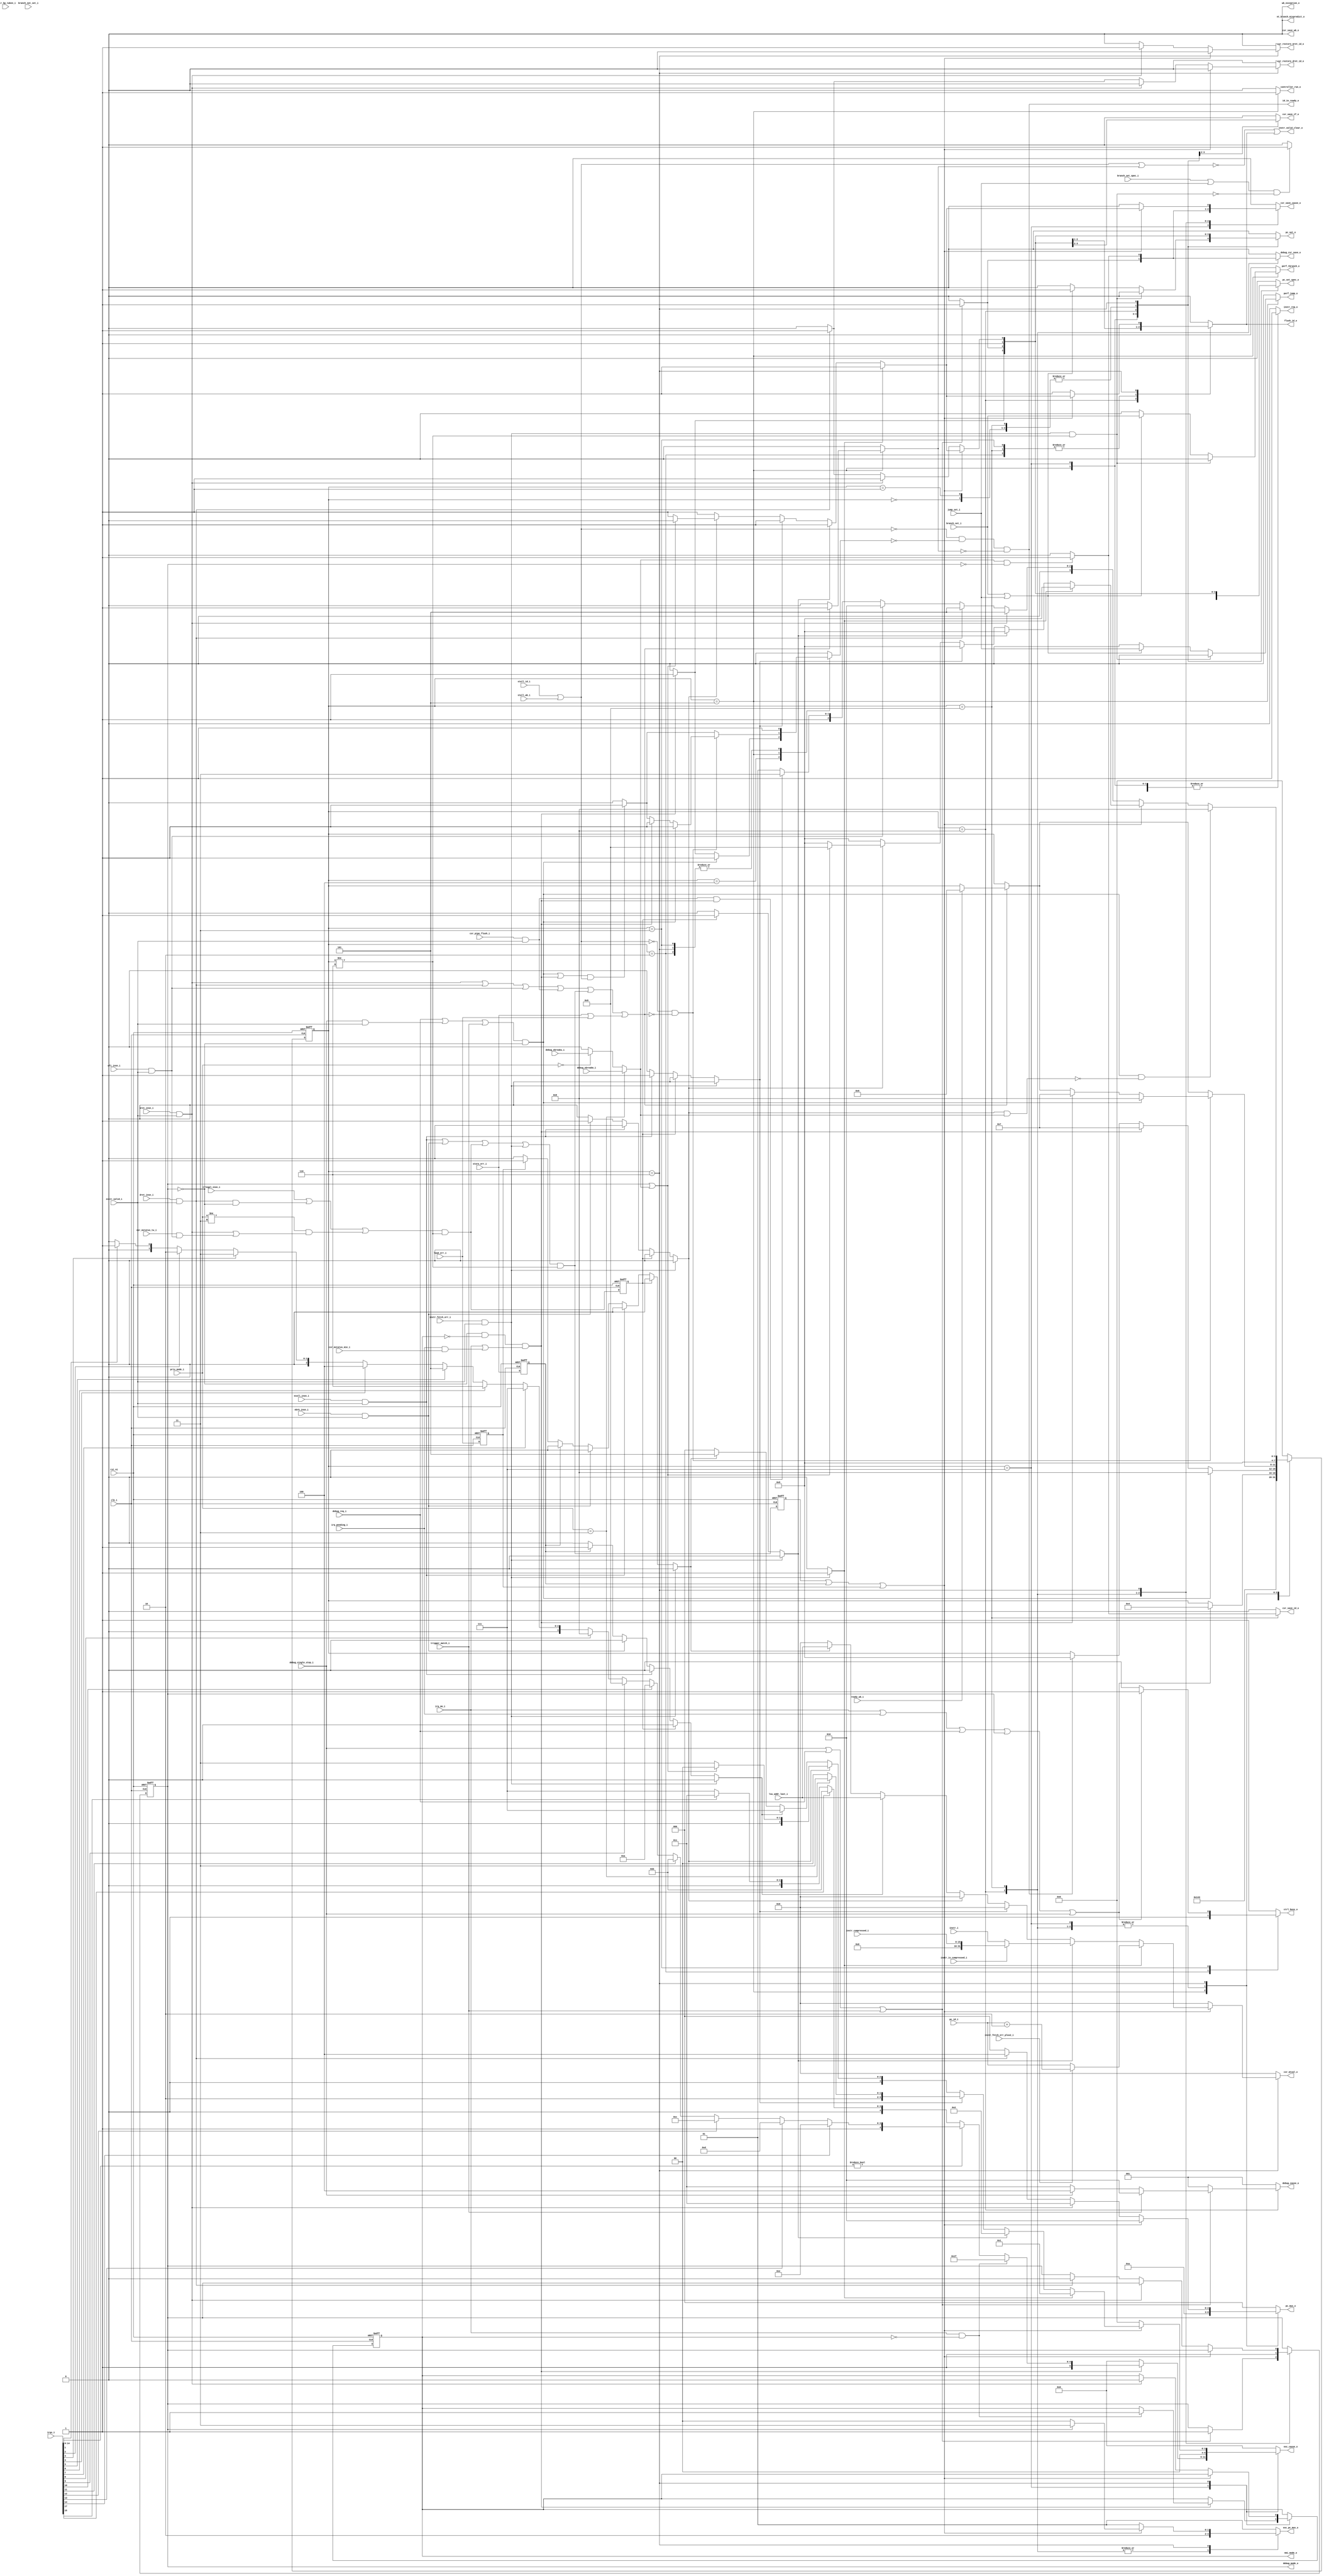
module ibex_controller (
	clk_i,
	rst_ni,
	ctrl_busy_o,
	illegal_insn_i,
	ecall_insn_i,
	mret_insn_i,
	dret_insn_i,
	wfi_insn_i,
	ebrk_insn_i,
	csr_pipe_flush_i,
	instr_valid_i,
	instr_i,
	instr_compressed_i,
	instr_is_compressed_i,
	instr_bp_taken_i,
	instr_fetch_err_i,
	instr_fetch_err_plus2_i,
	pc_id_i,
	instr_valid_clear_o,
	id_in_ready_o,
	controller_run_o,
	instr_req_o,
	pc_set_o,
	pc_set_spec_o,
	pc_mux_o,
	nt_branch_mispredict_o,
	exc_pc_mux_o,
	exc_cause_o,
	lsu_addr_last_i,
	load_err_i,
	store_err_i,
	wb_exception_o,
	branch_set_i,
	branch_set_spec_i,
	branch_not_set_i,
	jump_set_i,
	csr_mstatus_mie_i,
	irq_pending_i,
	irqs_i,
	irq_nm_i,
	nmi_mode_o,
	debug_req_i,
	debug_cause_o,
	debug_csr_save_o,
	debug_mode_o,
	debug_single_step_i,
	debug_ebreakm_i,
	debug_ebreaku_i,
	trigger_match_i,
	csr_save_if_o,
	csr_save_id_o,
	csr_save_wb_o,
	csr_restore_mret_id_o,
	csr_restore_dret_id_o,
	csr_save_cause_o,
	csr_mtval_o,
	priv_mode_i,
	csr_mstatus_tw_i,
	stall_id_i,
	stall_wb_i,
	flush_id_o,
	ready_wb_i,
	perf_jump_o,
	perf_tbranch_o
);
	parameter [0:0] WritebackStage = 0;
	parameter [0:0] BranchPredictor = 0;
	input wire clk_i;
	input wire rst_ni;
	output reg ctrl_busy_o;
	input wire illegal_insn_i;
	input wire ecall_insn_i;
	input wire mret_insn_i;
	input wire dret_insn_i;
	input wire wfi_insn_i;
	input wire ebrk_insn_i;
	input wire csr_pipe_flush_i;
	input wire instr_valid_i;
	input wire [31:0] instr_i;
	input wire [15:0] instr_compressed_i;
	input wire instr_is_compressed_i;
	input wire instr_bp_taken_i;
	input wire instr_fetch_err_i;
	input wire instr_fetch_err_plus2_i;
	input wire [31:0] pc_id_i;
	output wire instr_valid_clear_o;
	output wire id_in_ready_o;
	output reg controller_run_o;
	output reg instr_req_o;
	output reg pc_set_o;
	output reg pc_set_spec_o;
	output reg [2:0] pc_mux_o;
	output reg nt_branch_mispredict_o;
	output reg [1:0] exc_pc_mux_o;
	output reg [5:0] exc_cause_o;
	input wire [31:0] lsu_addr_last_i;
	input wire load_err_i;
	input wire store_err_i;
	output wire wb_exception_o;
	input wire branch_set_i;
	input wire branch_set_spec_i;
	input wire branch_not_set_i;
	input wire jump_set_i;
	input wire csr_mstatus_mie_i;
	input wire irq_pending_i;
	input wire [17:0] irqs_i;
	input wire irq_nm_i;
	output wire nmi_mode_o;
	input wire debug_req_i;
	output reg [2:0] debug_cause_o;
	output reg debug_csr_save_o;
	output wire debug_mode_o;
	input wire debug_single_step_i;
	input wire debug_ebreakm_i;
	input wire debug_ebreaku_i;
	input wire trigger_match_i;
	output reg csr_save_if_o;
	output reg csr_save_id_o;
	output reg csr_save_wb_o;
	output reg csr_restore_mret_id_o;
	output reg csr_restore_dret_id_o;
	output reg csr_save_cause_o;
	output reg [31:0] csr_mtval_o;
	input wire [1:0] priv_mode_i;
	input wire csr_mstatus_tw_i;
	input wire stall_id_i;
	input wire stall_wb_i;
	output wire flush_id_o;
	input wire ready_wb_i;
	output reg perf_jump_o;
	output reg perf_tbranch_o;
	localparam integer RegFileFF = 0;
	localparam integer RegFileFPGA = 1;
	localparam integer RegFileLatch = 2;
	localparam integer RV32MNone = 0;
	localparam integer RV32MSlow = 1;
	localparam integer RV32MFast = 2;
	localparam integer RV32MSingleCycle = 3;
	localparam integer RV32BNone = 0;
	localparam integer RV32BBalanced = 1;
	localparam integer RV32BFull = 2;
	localparam [6:0] OPCODE_LOAD = 7'h03;
	localparam [6:0] OPCODE_MISC_MEM = 7'h0f;
	localparam [6:0] OPCODE_OP_IMM = 7'h13;
	localparam [6:0] OPCODE_AUIPC = 7'h17;
	localparam [6:0] OPCODE_STORE = 7'h23;
	localparam [6:0] OPCODE_OP = 7'h33;
	localparam [6:0] OPCODE_LUI = 7'h37;
	localparam [6:0] OPCODE_BRANCH = 7'h63;
	localparam [6:0] OPCODE_JALR = 7'h67;
	localparam [6:0] OPCODE_JAL = 7'h6f;
	localparam [6:0] OPCODE_SYSTEM = 7'h73;
	localparam [5:0] ALU_ADD = 0;
	localparam [5:0] ALU_SUB = 1;
	localparam [5:0] ALU_XOR = 2;
	localparam [5:0] ALU_OR = 3;
	localparam [5:0] ALU_AND = 4;
	localparam [5:0] ALU_XNOR = 5;
	localparam [5:0] ALU_ORN = 6;
	localparam [5:0] ALU_ANDN = 7;
	localparam [5:0] ALU_SRA = 8;
	localparam [5:0] ALU_SRL = 9;
	localparam [5:0] ALU_SLL = 10;
	localparam [5:0] ALU_SRO = 11;
	localparam [5:0] ALU_SLO = 12;
	localparam [5:0] ALU_ROR = 13;
	localparam [5:0] ALU_ROL = 14;
	localparam [5:0] ALU_GREV = 15;
	localparam [5:0] ALU_GORC = 16;
	localparam [5:0] ALU_SHFL = 17;
	localparam [5:0] ALU_UNSHFL = 18;
	localparam [5:0] ALU_LT = 19;
	localparam [5:0] ALU_LTU = 20;
	localparam [5:0] ALU_GE = 21;
	localparam [5:0] ALU_GEU = 22;
	localparam [5:0] ALU_EQ = 23;
	localparam [5:0] ALU_NE = 24;
	localparam [5:0] ALU_MIN = 25;
	localparam [5:0] ALU_MINU = 26;
	localparam [5:0] ALU_MAX = 27;
	localparam [5:0] ALU_MAXU = 28;
	localparam [5:0] ALU_PACK = 29;
	localparam [5:0] ALU_PACKU = 30;
	localparam [5:0] ALU_PACKH = 31;
	localparam [5:0] ALU_SEXTB = 32;
	localparam [5:0] ALU_SEXTH = 33;
	localparam [5:0] ALU_CLZ = 34;
	localparam [5:0] ALU_CTZ = 35;
	localparam [5:0] ALU_PCNT = 36;
	localparam [5:0] ALU_SLT = 37;
	localparam [5:0] ALU_SLTU = 38;
	localparam [5:0] ALU_CMOV = 39;
	localparam [5:0] ALU_CMIX = 40;
	localparam [5:0] ALU_FSL = 41;
	localparam [5:0] ALU_FSR = 42;
	localparam [5:0] ALU_SBSET = 43;
	localparam [5:0] ALU_SBCLR = 44;
	localparam [5:0] ALU_SBINV = 45;
	localparam [5:0] ALU_SBEXT = 46;
	localparam [5:0] ALU_BEXT = 47;
	localparam [5:0] ALU_BDEP = 48;
	localparam [5:0] ALU_BFP = 49;
	localparam [5:0] ALU_CLMUL = 50;
	localparam [5:0] ALU_CLMULR = 51;
	localparam [5:0] ALU_CLMULH = 52;
	localparam [5:0] ALU_CRC32_B = 53;
	localparam [5:0] ALU_CRC32C_B = 54;
	localparam [5:0] ALU_CRC32_H = 55;
	localparam [5:0] ALU_CRC32C_H = 56;
	localparam [5:0] ALU_CRC32_W = 57;
	localparam [5:0] ALU_CRC32C_W = 58;
	localparam [1:0] MD_OP_MULL = 0;
	localparam [1:0] MD_OP_MULH = 1;
	localparam [1:0] MD_OP_DIV = 2;
	localparam [1:0] MD_OP_REM = 3;
	localparam [1:0] CSR_OP_READ = 0;
	localparam [1:0] CSR_OP_WRITE = 1;
	localparam [1:0] CSR_OP_SET = 2;
	localparam [1:0] CSR_OP_CLEAR = 3;
	localparam [1:0] PRIV_LVL_M = 2'b11;
	localparam [1:0] PRIV_LVL_H = 2'b10;
	localparam [1:0] PRIV_LVL_S = 2'b01;
	localparam [1:0] PRIV_LVL_U = 2'b00;
	localparam [3:0] XDEBUGVER_NO = 4'd0;
	localparam [3:0] XDEBUGVER_STD = 4'd4;
	localparam [3:0] XDEBUGVER_NONSTD = 4'd15;
	localparam [1:0] WB_INSTR_LOAD = 0;
	localparam [1:0] WB_INSTR_STORE = 1;
	localparam [1:0] WB_INSTR_OTHER = 2;
	localparam [1:0] OP_A_REG_A = 0;
	localparam [1:0] OP_A_FWD = 1;
	localparam [1:0] OP_A_CURRPC = 2;
	localparam [1:0] OP_A_IMM = 3;
	localparam [0:0] IMM_A_Z = 0;
	localparam [0:0] IMM_A_ZERO = 1;
	localparam [0:0] OP_B_REG_B = 0;
	localparam [0:0] OP_B_IMM = 1;
	localparam [2:0] IMM_B_I = 0;
	localparam [2:0] IMM_B_S = 1;
	localparam [2:0] IMM_B_B = 2;
	localparam [2:0] IMM_B_U = 3;
	localparam [2:0] IMM_B_J = 4;
	localparam [2:0] IMM_B_INCR_PC = 5;
	localparam [2:0] IMM_B_INCR_ADDR = 6;
	localparam [0:0] RF_WD_EX = 0;
	localparam [0:0] RF_WD_CSR = 1;
	localparam [2:0] PC_BOOT = 0;
	localparam [2:0] PC_JUMP = 1;
	localparam [2:0] PC_EXC = 2;
	localparam [2:0] PC_ERET = 3;
	localparam [2:0] PC_DRET = 4;
	localparam [2:0] PC_BP = 5;
	localparam [1:0] EXC_PC_EXC = 0;
	localparam [1:0] EXC_PC_IRQ = 1;
	localparam [1:0] EXC_PC_DBD = 2;
	localparam [1:0] EXC_PC_DBG_EXC = 3;
	localparam [5:0] EXC_CAUSE_IRQ_SOFTWARE_M = {1'b1, 5'd3};
	localparam [5:0] EXC_CAUSE_IRQ_TIMER_M = {1'b1, 5'd7};
	localparam [5:0] EXC_CAUSE_IRQ_EXTERNAL_M = {1'b1, 5'd11};
	localparam [5:0] EXC_CAUSE_IRQ_NM = {1'b1, 5'd31};
	localparam [5:0] EXC_CAUSE_INSN_ADDR_MISA = {1'b0, 5'd0};
	localparam [5:0] EXC_CAUSE_INSTR_ACCESS_FAULT = {1'b0, 5'd1};
	localparam [5:0] EXC_CAUSE_ILLEGAL_INSN = {1'b0, 5'd2};
	localparam [5:0] EXC_CAUSE_BREAKPOINT = {1'b0, 5'd3};
	localparam [5:0] EXC_CAUSE_LOAD_ACCESS_FAULT = {1'b0, 5'd5};
	localparam [5:0] EXC_CAUSE_STORE_ACCESS_FAULT = {1'b0, 5'd7};
	localparam [5:0] EXC_CAUSE_ECALL_UMODE = {1'b0, 5'd8};
	localparam [5:0] EXC_CAUSE_ECALL_MMODE = {1'b0, 5'd11};
	localparam [2:0] DBG_CAUSE_NONE = 3'h0;
	localparam [2:0] DBG_CAUSE_EBREAK = 3'h1;
	localparam [2:0] DBG_CAUSE_TRIGGER = 3'h2;
	localparam [2:0] DBG_CAUSE_HALTREQ = 3'h3;
	localparam [2:0] DBG_CAUSE_STEP = 3'h4;
	localparam [31:0] PMP_MAX_REGIONS = 16;
	localparam [31:0] PMP_CFG_W = 8;
	localparam [31:0] PMP_I = 0;
	localparam [31:0] PMP_D = 1;
	localparam [1:0] PMP_ACC_EXEC = 2'b00;
	localparam [1:0] PMP_ACC_WRITE = 2'b01;
	localparam [1:0] PMP_ACC_READ = 2'b10;
	localparam [1:0] PMP_MODE_OFF = 2'b00;
	localparam [1:0] PMP_MODE_TOR = 2'b01;
	localparam [1:0] PMP_MODE_NA4 = 2'b10;
	localparam [1:0] PMP_MODE_NAPOT = 2'b11;
	localparam [11:0] CSR_MHARTID = 12'hf14;
	localparam [11:0] CSR_MSTATUS = 12'h300;
	localparam [11:0] CSR_MISA = 12'h301;
	localparam [11:0] CSR_MIE = 12'h304;
	localparam [11:0] CSR_MTVEC = 12'h305;
	localparam [11:0] CSR_MSCRATCH = 12'h340;
	localparam [11:0] CSR_MEPC = 12'h341;
	localparam [11:0] CSR_MCAUSE = 12'h342;
	localparam [11:0] CSR_MTVAL = 12'h343;
	localparam [11:0] CSR_MIP = 12'h344;
	localparam [11:0] CSR_PMPCFG0 = 12'h3a0;
	localparam [11:0] CSR_PMPCFG1 = 12'h3a1;
	localparam [11:0] CSR_PMPCFG2 = 12'h3a2;
	localparam [11:0] CSR_PMPCFG3 = 12'h3a3;
	localparam [11:0] CSR_PMPADDR0 = 12'h3b0;
	localparam [11:0] CSR_PMPADDR1 = 12'h3b1;
	localparam [11:0] CSR_PMPADDR2 = 12'h3b2;
	localparam [11:0] CSR_PMPADDR3 = 12'h3b3;
	localparam [11:0] CSR_PMPADDR4 = 12'h3b4;
	localparam [11:0] CSR_PMPADDR5 = 12'h3b5;
	localparam [11:0] CSR_PMPADDR6 = 12'h3b6;
	localparam [11:0] CSR_PMPADDR7 = 12'h3b7;
	localparam [11:0] CSR_PMPADDR8 = 12'h3b8;
	localparam [11:0] CSR_PMPADDR9 = 12'h3b9;
	localparam [11:0] CSR_PMPADDR10 = 12'h3ba;
	localparam [11:0] CSR_PMPADDR11 = 12'h3bb;
	localparam [11:0] CSR_PMPADDR12 = 12'h3bc;
	localparam [11:0] CSR_PMPADDR13 = 12'h3bd;
	localparam [11:0] CSR_PMPADDR14 = 12'h3be;
	localparam [11:0] CSR_PMPADDR15 = 12'h3bf;
	localparam [11:0] CSR_TSELECT = 12'h7a0;
	localparam [11:0] CSR_TDATA1 = 12'h7a1;
	localparam [11:0] CSR_TDATA2 = 12'h7a2;
	localparam [11:0] CSR_TDATA3 = 12'h7a3;
	localparam [11:0] CSR_MCONTEXT = 12'h7a8;
	localparam [11:0] CSR_SCONTEXT = 12'h7aa;
	localparam [11:0] CSR_DCSR = 12'h7b0;
	localparam [11:0] CSR_DPC = 12'h7b1;
	localparam [11:0] CSR_DSCRATCH0 = 12'h7b2;
	localparam [11:0] CSR_DSCRATCH1 = 12'h7b3;
	localparam [11:0] CSR_MCOUNTINHIBIT = 12'h320;
	localparam [11:0] CSR_MHPMEVENT3 = 12'h323;
	localparam [11:0] CSR_MHPMEVENT4 = 12'h324;
	localparam [11:0] CSR_MHPMEVENT5 = 12'h325;
	localparam [11:0] CSR_MHPMEVENT6 = 12'h326;
	localparam [11:0] CSR_MHPMEVENT7 = 12'h327;
	localparam [11:0] CSR_MHPMEVENT8 = 12'h328;
	localparam [11:0] CSR_MHPMEVENT9 = 12'h329;
	localparam [11:0] CSR_MHPMEVENT10 = 12'h32a;
	localparam [11:0] CSR_MHPMEVENT11 = 12'h32b;
	localparam [11:0] CSR_MHPMEVENT12 = 12'h32c;
	localparam [11:0] CSR_MHPMEVENT13 = 12'h32d;
	localparam [11:0] CSR_MHPMEVENT14 = 12'h32e;
	localparam [11:0] CSR_MHPMEVENT15 = 12'h32f;
	localparam [11:0] CSR_MHPMEVENT16 = 12'h330;
	localparam [11:0] CSR_MHPMEVENT17 = 12'h331;
	localparam [11:0] CSR_MHPMEVENT18 = 12'h332;
	localparam [11:0] CSR_MHPMEVENT19 = 12'h333;
	localparam [11:0] CSR_MHPMEVENT20 = 12'h334;
	localparam [11:0] CSR_MHPMEVENT21 = 12'h335;
	localparam [11:0] CSR_MHPMEVENT22 = 12'h336;
	localparam [11:0] CSR_MHPMEVENT23 = 12'h337;
	localparam [11:0] CSR_MHPMEVENT24 = 12'h338;
	localparam [11:0] CSR_MHPMEVENT25 = 12'h339;
	localparam [11:0] CSR_MHPMEVENT26 = 12'h33a;
	localparam [11:0] CSR_MHPMEVENT27 = 12'h33b;
	localparam [11:0] CSR_MHPMEVENT28 = 12'h33c;
	localparam [11:0] CSR_MHPMEVENT29 = 12'h33d;
	localparam [11:0] CSR_MHPMEVENT30 = 12'h33e;
	localparam [11:0] CSR_MHPMEVENT31 = 12'h33f;
	localparam [11:0] CSR_MCYCLE = 12'hb00;
	localparam [11:0] CSR_MINSTRET = 12'hb02;
	localparam [11:0] CSR_MHPMCOUNTER3 = 12'hb03;
	localparam [11:0] CSR_MHPMCOUNTER4 = 12'hb04;
	localparam [11:0] CSR_MHPMCOUNTER5 = 12'hb05;
	localparam [11:0] CSR_MHPMCOUNTER6 = 12'hb06;
	localparam [11:0] CSR_MHPMCOUNTER7 = 12'hb07;
	localparam [11:0] CSR_MHPMCOUNTER8 = 12'hb08;
	localparam [11:0] CSR_MHPMCOUNTER9 = 12'hb09;
	localparam [11:0] CSR_MHPMCOUNTER10 = 12'hb0a;
	localparam [11:0] CSR_MHPMCOUNTER11 = 12'hb0b;
	localparam [11:0] CSR_MHPMCOUNTER12 = 12'hb0c;
	localparam [11:0] CSR_MHPMCOUNTER13 = 12'hb0d;
	localparam [11:0] CSR_MHPMCOUNTER14 = 12'hb0e;
	localparam [11:0] CSR_MHPMCOUNTER15 = 12'hb0f;
	localparam [11:0] CSR_MHPMCOUNTER16 = 12'hb10;
	localparam [11:0] CSR_MHPMCOUNTER17 = 12'hb11;
	localparam [11:0] CSR_MHPMCOUNTER18 = 12'hb12;
	localparam [11:0] CSR_MHPMCOUNTER19 = 12'hb13;
	localparam [11:0] CSR_MHPMCOUNTER20 = 12'hb14;
	localparam [11:0] CSR_MHPMCOUNTER21 = 12'hb15;
	localparam [11:0] CSR_MHPMCOUNTER22 = 12'hb16;
	localparam [11:0] CSR_MHPMCOUNTER23 = 12'hb17;
	localparam [11:0] CSR_MHPMCOUNTER24 = 12'hb18;
	localparam [11:0] CSR_MHPMCOUNTER25 = 12'hb19;
	localparam [11:0] CSR_MHPMCOUNTER26 = 12'hb1a;
	localparam [11:0] CSR_MHPMCOUNTER27 = 12'hb1b;
	localparam [11:0] CSR_MHPMCOUNTER28 = 12'hb1c;
	localparam [11:0] CSR_MHPMCOUNTER29 = 12'hb1d;
	localparam [11:0] CSR_MHPMCOUNTER30 = 12'hb1e;
	localparam [11:0] CSR_MHPMCOUNTER31 = 12'hb1f;
	localparam [11:0] CSR_MCYCLEH = 12'hb80;
	localparam [11:0] CSR_MINSTRETH = 12'hb82;
	localparam [11:0] CSR_MHPMCOUNTER3H = 12'hb83;
	localparam [11:0] CSR_MHPMCOUNTER4H = 12'hb84;
	localparam [11:0] CSR_MHPMCOUNTER5H = 12'hb85;
	localparam [11:0] CSR_MHPMCOUNTER6H = 12'hb86;
	localparam [11:0] CSR_MHPMCOUNTER7H = 12'hb87;
	localparam [11:0] CSR_MHPMCOUNTER8H = 12'hb88;
	localparam [11:0] CSR_MHPMCOUNTER9H = 12'hb89;
	localparam [11:0] CSR_MHPMCOUNTER10H = 12'hb8a;
	localparam [11:0] CSR_MHPMCOUNTER11H = 12'hb8b;
	localparam [11:0] CSR_MHPMCOUNTER12H = 12'hb8c;
	localparam [11:0] CSR_MHPMCOUNTER13H = 12'hb8d;
	localparam [11:0] CSR_MHPMCOUNTER14H = 12'hb8e;
	localparam [11:0] CSR_MHPMCOUNTER15H = 12'hb8f;
	localparam [11:0] CSR_MHPMCOUNTER16H = 12'hb90;
	localparam [11:0] CSR_MHPMCOUNTER17H = 12'hb91;
	localparam [11:0] CSR_MHPMCOUNTER18H = 12'hb92;
	localparam [11:0] CSR_MHPMCOUNTER19H = 12'hb93;
	localparam [11:0] CSR_MHPMCOUNTER20H = 12'hb94;
	localparam [11:0] CSR_MHPMCOUNTER21H = 12'hb95;
	localparam [11:0] CSR_MHPMCOUNTER22H = 12'hb96;
	localparam [11:0] CSR_MHPMCOUNTER23H = 12'hb97;
	localparam [11:0] CSR_MHPMCOUNTER24H = 12'hb98;
	localparam [11:0] CSR_MHPMCOUNTER25H = 12'hb99;
	localparam [11:0] CSR_MHPMCOUNTER26H = 12'hb9a;
	localparam [11:0] CSR_MHPMCOUNTER27H = 12'hb9b;
	localparam [11:0] CSR_MHPMCOUNTER28H = 12'hb9c;
	localparam [11:0] CSR_MHPMCOUNTER29H = 12'hb9d;
	localparam [11:0] CSR_MHPMCOUNTER30H = 12'hb9e;
	localparam [11:0] CSR_MHPMCOUNTER31H = 12'hb9f;
	localparam [11:0] CSR_CPUCTRL = 12'h7c0;
	localparam [11:0] CSR_SECURESEED = 12'h7c1;
	localparam [11:0] CSR_OFF_PMP_CFG = 12'h3a0;
	localparam [11:0] CSR_OFF_PMP_ADDR = 12'h3b0;
	localparam [31:0] CSR_MSTATUS_MIE_BIT = 3;
	localparam [31:0] CSR_MSTATUS_MPIE_BIT = 7;
	localparam [31:0] CSR_MSTATUS_MPP_BIT_LOW = 11;
	localparam [31:0] CSR_MSTATUS_MPP_BIT_HIGH = 12;
	localparam [31:0] CSR_MSTATUS_MPRV_BIT = 17;
	localparam [31:0] CSR_MSTATUS_TW_BIT = 21;
	localparam [1:0] CSR_MISA_MXL = 2'd1;
	localparam [31:0] CSR_MSIX_BIT = 3;
	localparam [31:0] CSR_MTIX_BIT = 7;
	localparam [31:0] CSR_MEIX_BIT = 11;
	localparam [31:0] CSR_MFIX_BIT_LOW = 16;
	localparam [31:0] CSR_MFIX_BIT_HIGH = 30;
	reg [3:0] ctrl_fsm_cs;
	reg [3:0] ctrl_fsm_ns;
	reg nmi_mode_q;
	reg nmi_mode_d;
	reg debug_mode_q;
	reg debug_mode_d;
	reg load_err_q;
	wire load_err_d;
	reg store_err_q;
	wire store_err_d;
	reg exc_req_q;
	wire exc_req_d;
	reg illegal_insn_q;
	wire illegal_insn_d;
	reg instr_fetch_err_prio;
	reg illegal_insn_prio;
	reg ecall_insn_prio;
	reg ebrk_insn_prio;
	reg store_err_prio;
	reg load_err_prio;
	wire stall;
	reg halt_if;
	reg retain_id;
	reg flush_id;
	wire illegal_dret;
	wire illegal_umode;
	wire exc_req_lsu;
	wire special_req_all;
	wire special_req_branch;
	wire enter_debug_mode;
	wire ebreak_into_debug;
	wire handle_irq;
	reg [3:0] mfip_id;
	wire unused_irq_timer;
	wire ecall_insn;
	wire mret_insn;
	wire dret_insn;
	wire wfi_insn;
	wire ebrk_insn;
	wire csr_pipe_flush;
	wire instr_fetch_err;
	assign load_err_d = load_err_i;
	assign store_err_d = store_err_i;
	assign ecall_insn = ecall_insn_i & instr_valid_i;
	assign mret_insn = mret_insn_i & instr_valid_i;
	assign dret_insn = dret_insn_i & instr_valid_i;
	assign wfi_insn = wfi_insn_i & instr_valid_i;
	assign ebrk_insn = ebrk_insn_i & instr_valid_i;
	assign csr_pipe_flush = csr_pipe_flush_i & instr_valid_i;
	assign instr_fetch_err = instr_fetch_err_i & instr_valid_i;
	assign illegal_dret = dret_insn & ~debug_mode_q;
	assign illegal_umode = (priv_mode_i != PRIV_LVL_M) & (mret_insn | (csr_mstatus_tw_i & wfi_insn));
	localparam [3:0] FLUSH = 6;
	assign illegal_insn_d = ((illegal_insn_i | illegal_dret) | illegal_umode) & (ctrl_fsm_cs != FLUSH);
	assign exc_req_d = (((ecall_insn | ebrk_insn) | illegal_insn_d) | instr_fetch_err) & (ctrl_fsm_cs != FLUSH);
	assign exc_req_lsu = store_err_i | load_err_i;
	assign special_req_all = ((((mret_insn | dret_insn) | wfi_insn) | csr_pipe_flush) | exc_req_d) | exc_req_lsu;
	assign special_req_branch = instr_fetch_err & (ctrl_fsm_cs != FLUSH);
	generate
		if (WritebackStage) begin : g_wb_exceptions
			always @(*) begin
				instr_fetch_err_prio = 0;
				illegal_insn_prio = 0;
				ecall_insn_prio = 0;
				ebrk_insn_prio = 0;
				store_err_prio = 0;
				load_err_prio = 0;
				if (store_err_q)
					store_err_prio = 1'b1;
				else if (load_err_q)
					load_err_prio = 1'b1;
				else if (instr_fetch_err)
					instr_fetch_err_prio = 1'b1;
				else if (illegal_insn_q)
					illegal_insn_prio = 1'b1;
				else if (ecall_insn)
					ecall_insn_prio = 1'b1;
				else if (ebrk_insn)
					ebrk_insn_prio = 1'b1;
			end
			assign wb_exception_o = ((load_err_q | store_err_q) | load_err_i) | store_err_i;
		end
		else begin : g_no_wb_exceptions
			always @(*) begin
				instr_fetch_err_prio = 0;
				illegal_insn_prio = 0;
				ecall_insn_prio = 0;
				ebrk_insn_prio = 0;
				store_err_prio = 0;
				load_err_prio = 0;
				if (instr_fetch_err)
					instr_fetch_err_prio = 1'b1;
				else if (illegal_insn_q)
					illegal_insn_prio = 1'b1;
				else if (ecall_insn)
					ecall_insn_prio = 1'b1;
				else if (ebrk_insn)
					ebrk_insn_prio = 1'b1;
				else if (store_err_q)
					store_err_prio = 1'b1;
				else if (load_err_q)
					load_err_prio = 1'b1;
			end
			assign wb_exception_o = 1'b0;
		end
	endgenerate
	assign enter_debug_mode = ((debug_req_i | (debug_single_step_i & instr_valid_i)) | trigger_match_i) & ~debug_mode_q;
	assign ebreak_into_debug = (priv_mode_i == PRIV_LVL_M ? debug_ebreakm_i : (priv_mode_i == PRIV_LVL_U ? debug_ebreaku_i : 1'b0));
	assign handle_irq = (~debug_mode_q & ~nmi_mode_q) & (irq_nm_i | (irq_pending_i & csr_mstatus_mie_i));
	always @(*) begin : gen_mfip_id
		if (irqs_i[14])
			mfip_id = 4'd14;
		else if (irqs_i[13])
			mfip_id = 4'd13;
		else if (irqs_i[12])
			mfip_id = 4'd12;
		else if (irqs_i[11])
			mfip_id = 4'd11;
		else if (irqs_i[10])
			mfip_id = 4'd10;
		else if (irqs_i[9])
			mfip_id = 4'd9;
		else if (irqs_i[8])
			mfip_id = 4'd8;
		else if (irqs_i[7])
			mfip_id = 4'd7;
		else if (irqs_i[6])
			mfip_id = 4'd6;
		else if (irqs_i[5])
			mfip_id = 4'd5;
		else if (irqs_i[4])
			mfip_id = 4'd4;
		else if (irqs_i[3])
			mfip_id = 4'd3;
		else if (irqs_i[2])
			mfip_id = 4'd2;
		else if (irqs_i[1])
			mfip_id = 4'd1;
		else
			mfip_id = 4'd0;
	end
	assign unused_irq_timer = irqs_i[16];
	function automatic [5:0] sv2v_cast_6;
		input reg [5:0] inp;
		sv2v_cast_6 = inp;
	endfunction
	localparam [3:0] BOOT_SET = 1;
	localparam [3:0] DBG_TAKEN_ID = 9;
	localparam [3:0] DBG_TAKEN_IF = 8;
	localparam [3:0] DECODE = 5;
	localparam [3:0] FIRST_FETCH = 4;
	localparam [3:0] IRQ_TAKEN = 7;
	localparam [3:0] RESET = 0;
	localparam [3:0] SLEEP = 3;
	localparam [3:0] WAIT_SLEEP = 2;
	always @(*) begin
		instr_req_o = 1'b1;
		csr_save_if_o = 1'b0;
		csr_save_id_o = 1'b0;
		csr_save_wb_o = 1'b0;
		csr_restore_mret_id_o = 1'b0;
		csr_restore_dret_id_o = 1'b0;
		csr_save_cause_o = 1'b0;
		csr_mtval_o = {32 {1'sb0}};
		pc_mux_o = PC_BOOT;
		pc_set_o = 1'b0;
		pc_set_spec_o = 1'b0;
		nt_branch_mispredict_o = 1'b0;
		exc_pc_mux_o = EXC_PC_IRQ;
		exc_cause_o = EXC_CAUSE_INSN_ADDR_MISA;
		ctrl_fsm_ns = ctrl_fsm_cs;
		ctrl_busy_o = 1'b1;
		halt_if = 1'b0;
		retain_id = 1'b0;
		flush_id = 1'b0;
		debug_csr_save_o = 1'b0;
		debug_cause_o = DBG_CAUSE_EBREAK;
		debug_mode_d = debug_mode_q;
		nmi_mode_d = nmi_mode_q;
		perf_tbranch_o = 1'b0;
		perf_jump_o = 1'b0;
		controller_run_o = 1'b0;
		case (ctrl_fsm_cs)
			RESET: begin
				instr_req_o = 1'b0;
				pc_mux_o = PC_BOOT;
				pc_set_o = 1'b1;
				pc_set_spec_o = 1'b1;
				ctrl_fsm_ns = BOOT_SET;
			end
			BOOT_SET: begin
				instr_req_o = 1'b1;
				pc_mux_o = PC_BOOT;
				pc_set_o = 1'b1;
				pc_set_spec_o = 1'b1;
				ctrl_fsm_ns = FIRST_FETCH;
			end
			WAIT_SLEEP: begin
				ctrl_busy_o = 1'b0;
				instr_req_o = 1'b0;
				halt_if = 1'b1;
				flush_id = 1'b1;
				ctrl_fsm_ns = SLEEP;
			end
			SLEEP: begin
				instr_req_o = 1'b0;
				halt_if = 1'b1;
				flush_id = 1'b1;
				if ((((irq_nm_i || irq_pending_i) || debug_req_i) || debug_mode_q) || debug_single_step_i)
					ctrl_fsm_ns = FIRST_FETCH;
				else
					ctrl_busy_o = 1'b0;
			end
			FIRST_FETCH: begin
				if (id_in_ready_o)
					ctrl_fsm_ns = DECODE;
				if (handle_irq) begin
					ctrl_fsm_ns = IRQ_TAKEN;
					halt_if = 1'b1;
				end
				if (enter_debug_mode) begin
					ctrl_fsm_ns = DBG_TAKEN_IF;
					halt_if = 1'b1;
				end
			end
			DECODE: begin
				controller_run_o = 1'b1;
				pc_mux_o = PC_JUMP;
				if (special_req_all) begin
					retain_id = 1'b1;
					if (ready_wb_i | wb_exception_o)
						ctrl_fsm_ns = FLUSH;
				end
				if (!special_req_branch) begin
					if (branch_set_i || jump_set_i) begin
						pc_set_o = (BranchPredictor ? ~instr_bp_taken_i : 1'b1);
						perf_tbranch_o = branch_set_i;
						perf_jump_o = jump_set_i;
					end
					if (BranchPredictor)
						if (instr_bp_taken_i & branch_not_set_i)
							nt_branch_mispredict_o = 1'b1;
				end
				if ((branch_set_spec_i || jump_set_i) && !special_req_branch)
					pc_set_spec_o = (BranchPredictor ? ~instr_bp_taken_i : 1'b1);
				if ((enter_debug_mode || handle_irq) && stall)
					halt_if = 1'b1;
				if (!stall && !special_req_all)
					if (enter_debug_mode) begin
						ctrl_fsm_ns = DBG_TAKEN_IF;
						halt_if = 1'b1;
					end
					else if (handle_irq) begin
						ctrl_fsm_ns = IRQ_TAKEN;
						halt_if = 1'b1;
					end
			end
			IRQ_TAKEN: begin
				pc_mux_o = PC_EXC;
				exc_pc_mux_o = EXC_PC_IRQ;
				if (handle_irq) begin
					pc_set_o = 1'b1;
					pc_set_spec_o = 1'b1;
					csr_save_if_o = 1'b1;
					csr_save_cause_o = 1'b1;
					if (irq_nm_i && !nmi_mode_q) begin
						exc_cause_o = EXC_CAUSE_IRQ_NM;
						nmi_mode_d = 1'b1;
					end
					else if (irqs_i[14-:15] != 15'b000000000000000)
						exc_cause_o = sv2v_cast_6({2'b11, mfip_id});
					else if (irqs_i[15])
						exc_cause_o = EXC_CAUSE_IRQ_EXTERNAL_M;
					else if (irqs_i[17])
						exc_cause_o = EXC_CAUSE_IRQ_SOFTWARE_M;
					else
						exc_cause_o = EXC_CAUSE_IRQ_TIMER_M;
				end
				ctrl_fsm_ns = DECODE;
			end
			DBG_TAKEN_IF: begin
				pc_mux_o = PC_EXC;
				exc_pc_mux_o = EXC_PC_DBD;
				if ((debug_single_step_i || debug_req_i) || trigger_match_i) begin
					flush_id = 1'b1;
					pc_set_o = 1'b1;
					pc_set_spec_o = 1'b1;
					csr_save_if_o = 1'b1;
					debug_csr_save_o = 1'b1;
					csr_save_cause_o = 1'b1;
					if (trigger_match_i)
						debug_cause_o = DBG_CAUSE_TRIGGER;
					else if (debug_single_step_i)
						debug_cause_o = DBG_CAUSE_STEP;
					else
						debug_cause_o = DBG_CAUSE_HALTREQ;
					debug_mode_d = 1'b1;
				end
				ctrl_fsm_ns = DECODE;
			end
			DBG_TAKEN_ID: begin
				flush_id = 1'b1;
				pc_mux_o = PC_EXC;
				pc_set_o = 1'b1;
				pc_set_spec_o = 1'b1;
				exc_pc_mux_o = EXC_PC_DBD;
				if (ebreak_into_debug && !debug_mode_q) begin
					csr_save_cause_o = 1'b1;
					csr_save_id_o = 1'b1;
					debug_csr_save_o = 1'b1;
					debug_cause_o = DBG_CAUSE_EBREAK;
				end
				debug_mode_d = 1'b1;
				ctrl_fsm_ns = DECODE;
			end
			FLUSH: begin
				halt_if = 1'b1;
				flush_id = 1'b1;
				ctrl_fsm_ns = DECODE;
				if ((exc_req_q || store_err_q) || load_err_q) begin
					pc_set_o = 1'b1;
					pc_set_spec_o = 1'b1;
					pc_mux_o = PC_EXC;
					exc_pc_mux_o = (debug_mode_q ? EXC_PC_DBG_EXC : EXC_PC_EXC);
					if (WritebackStage) begin : g_writeback_mepc_save
						csr_save_id_o = ~(store_err_q | load_err_q);
						csr_save_wb_o = store_err_q | load_err_q;
					end
					else begin : g_no_writeback_mepc_save
						csr_save_id_o = 1'b0;
					end
					csr_save_cause_o = 1'b1;
					case (1'b1)
						instr_fetch_err_prio: begin
							exc_cause_o = EXC_CAUSE_INSTR_ACCESS_FAULT;
							csr_mtval_o = (instr_fetch_err_plus2_i ? pc_id_i + 32'd2 : pc_id_i);
						end
						illegal_insn_prio: begin
							exc_cause_o = EXC_CAUSE_ILLEGAL_INSN;
							csr_mtval_o = (instr_is_compressed_i ? {16'b0000000000000000, instr_compressed_i} : instr_i);
						end
						ecall_insn_prio: exc_cause_o = (priv_mode_i == PRIV_LVL_M ? EXC_CAUSE_ECALL_MMODE : EXC_CAUSE_ECALL_UMODE);
						ebrk_insn_prio:
							if (debug_mode_q | ebreak_into_debug) begin
								pc_set_o = 1'b0;
								pc_set_spec_o = 1'b0;
								csr_save_id_o = 1'b0;
								csr_save_cause_o = 1'b0;
								ctrl_fsm_ns = DBG_TAKEN_ID;
								flush_id = 1'b0;
							end
							else
								exc_cause_o = EXC_CAUSE_BREAKPOINT;
						store_err_prio: begin
							exc_cause_o = EXC_CAUSE_STORE_ACCESS_FAULT;
							csr_mtval_o = lsu_addr_last_i;
						end
						load_err_prio: begin
							exc_cause_o = EXC_CAUSE_LOAD_ACCESS_FAULT;
							csr_mtval_o = lsu_addr_last_i;
						end
						default:
							;
					endcase
				end
				else if (mret_insn) begin
					pc_mux_o = PC_ERET;
					pc_set_o = 1'b1;
					pc_set_spec_o = 1'b1;
					csr_restore_mret_id_o = 1'b1;
					if (nmi_mode_q)
						nmi_mode_d = 1'b0;
				end
				else if (dret_insn) begin
					pc_mux_o = PC_DRET;
					pc_set_o = 1'b1;
					pc_set_spec_o = 1'b1;
					debug_mode_d = 1'b0;
					csr_restore_dret_id_o = 1'b1;
				end
				else if (wfi_insn)
					ctrl_fsm_ns = WAIT_SLEEP;
				else if (csr_pipe_flush && handle_irq)
					ctrl_fsm_ns = IRQ_TAKEN;
				if (enter_debug_mode && !(ebrk_insn_prio && ebreak_into_debug))
					ctrl_fsm_ns = DBG_TAKEN_IF;
			end
			default: begin
				instr_req_o = 1'b0;
				ctrl_fsm_ns = RESET;
			end
		endcase
	end
	assign flush_id_o = flush_id;
	assign debug_mode_o = debug_mode_q;
	assign nmi_mode_o = nmi_mode_q;
	assign stall = stall_id_i | stall_wb_i;
	assign id_in_ready_o = (~stall & ~halt_if) & ~retain_id;
	assign instr_valid_clear_o = ~(stall | retain_id) | flush_id;
	always @(posedge clk_i or negedge rst_ni) begin : update_regs
		if (!rst_ni) begin
			ctrl_fsm_cs <= RESET;
			nmi_mode_q <= 1'b0;
			debug_mode_q <= 1'b0;
			load_err_q <= 1'b0;
			store_err_q <= 1'b0;
			exc_req_q <= 1'b0;
			illegal_insn_q <= 1'b0;
		end
		else begin
			ctrl_fsm_cs <= ctrl_fsm_ns;
			nmi_mode_q <= nmi_mode_d;
			debug_mode_q <= debug_mode_d;
			load_err_q <= load_err_d;
			store_err_q <= store_err_d;
			exc_req_q <= exc_req_d;
			illegal_insn_q <= illegal_insn_d;
		end
	end
endmodule